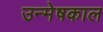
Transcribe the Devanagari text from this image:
उन्मेषकाल